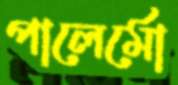
পালের্মো